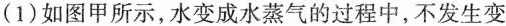
(1)如图甲所示，水变成水蒸气的过程中，不发生变